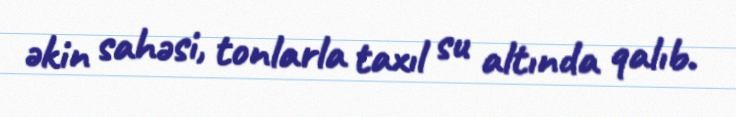
əkin sahəsi, tonlarla taxıl su altında qalıb.